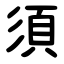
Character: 須